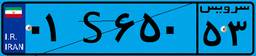
۰۱S۶۵۰۵۳